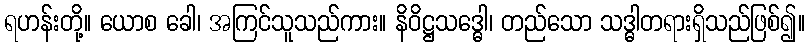
ရဟန်းတို့။ ယောစ ခေါ၊ အကြင်သူသည်ကား။ နိဝိဋ္ဌသဒ္ဓေါ၊ တည်သော သဒ္ဓါတရားရှိသည်ဖြစ်၍။